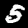
Label: 5